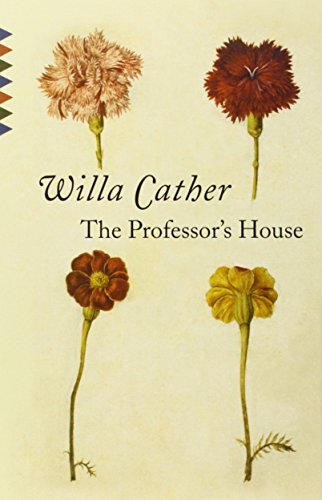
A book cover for The Professor's House (Vintage Classics); Willa Cather; Literature & Fiction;